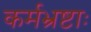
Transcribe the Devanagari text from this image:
कर्मभ्रष्टाः